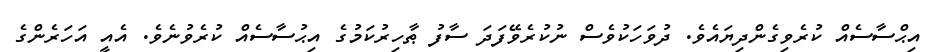
އިޙްސާސެއް ކުރެވިގެންދިޔައެވެ. ދުވަހަކުވެސް ނުކުރެވޭފަދަ ސާފު ޠާހިރުކަމުގެ އިޙުސާސެއް ކުރެވުނެވެ. އެއީ އަހަރެންގެ